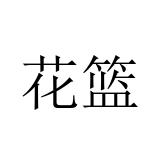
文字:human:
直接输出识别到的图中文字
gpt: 花篮